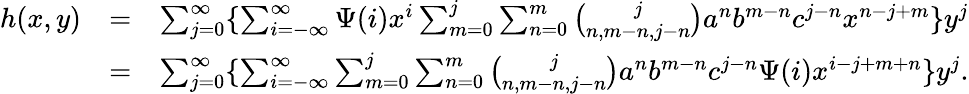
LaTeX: \begin{array}{rlr}{h(x,y)}&{=}&{\sum_{j=0}^{\infty}\{ \sum_{i=-\infty}^{\infty}\Psi(i)x^{i}\sum_{m=0}^{j}\sum_{n=0}^{m}\binom{j}{n,m-n,j-n}a^{n}b^{m-n}c^{j-n}x^{n-j+m}\} y^{j}}\\ &{=}&{\sum_{j=0}^{\infty}\{ \sum_{i=-\infty}^{\infty}\sum_{m=0}^{j}\sum_{n=0}^{m}\binom{j}{n,m-n,j-n}a^{n}b^{m-n}c^{j-n}\Psi(i)x^{i-j+m+n}\} y^{j}.}\end{array}